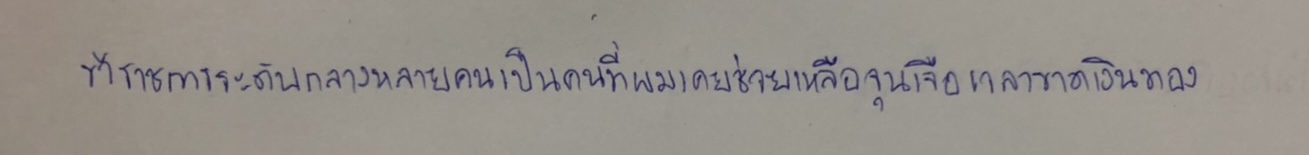
ข้าราชการระดับกลางหลายคนเป็นคนที่ผมเคยช่วยเหลือจุนเจือเวลาขาดเงินทอง